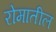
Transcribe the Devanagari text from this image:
रोमातील